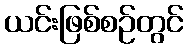
ယင်းဖြစ်စဉ်တွင်